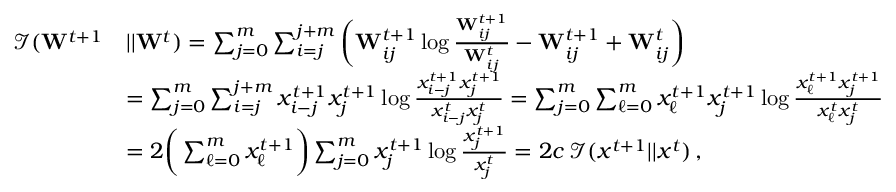
\begin{array} { r l } { \mathcal { I } ( \mathbf { W } ^ { t + 1 } } & { | | \mathbf { W } ^ { t } ) = \sum _ { j = 0 } ^ { m } \sum _ { i = j } ^ { j + m } \bigg ( \mathbf { W } _ { i j } ^ { t + 1 } \log \frac { \mathbf { W } _ { i j } ^ { t + 1 } } { \mathbf { W } _ { i j } ^ { t } } - \mathbf { W } _ { i j } ^ { t + 1 } + \mathbf { W } _ { i j } ^ { t } \bigg ) } \\ & { = \sum _ { j = 0 } ^ { m } \sum _ { i = j } ^ { j + m } x _ { i - j } ^ { t + 1 } x _ { j } ^ { t + 1 } \log \frac { x _ { i - j } ^ { t + 1 } x _ { j } ^ { t + 1 } } { x _ { i - j } ^ { t } x _ { j } ^ { t } } = \sum _ { j = 0 } ^ { m } \sum _ { \ell = 0 } ^ { m } x _ { \ell } ^ { t + 1 } x _ { j } ^ { t + 1 } \log \frac { x _ { \ell } ^ { t + 1 } x _ { j } ^ { t + 1 } } { x _ { \ell } ^ { t } x _ { j } ^ { t } } } \\ & { = 2 \bigg ( \sum _ { \ell = 0 } ^ { m } x _ { \ell } ^ { t + 1 } \bigg ) \sum _ { j = 0 } ^ { m } x _ { j } ^ { t + 1 } \log \frac { x _ { j } ^ { t + 1 } } { x _ { j } ^ { t } } = 2 c \, \mathcal { I } ( x ^ { t + 1 } | | x ^ { t } ) \, , } \end{array}